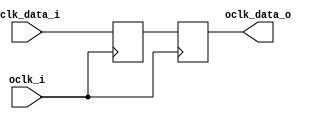
module bsg_sync_sync_1_unit
(
  oclk_i,
  iclk_data_i,
  oclk_data_o
);

  input [0:0] iclk_data_i;
  output [0:0] oclk_data_o;
  input oclk_i;
  wire [0:0] oclk_data_o,bsg_SYNC_1_r;
  reg bsg_SYNC_1_r_0_sv2v_reg,oclk_data_o_0_sv2v_reg;
  assign bsg_SYNC_1_r[0] = bsg_SYNC_1_r_0_sv2v_reg;
  assign oclk_data_o[0] = oclk_data_o_0_sv2v_reg;

  always @(posedge oclk_i) begin
    if(1'b1) begin
      bsg_SYNC_1_r_0_sv2v_reg <= iclk_data_i[0];
    end 
  end


  always @(posedge oclk_i) begin
    if(1'b1) begin
      oclk_data_o_0_sv2v_reg <= bsg_SYNC_1_r[0];
    end 
  end


endmodule